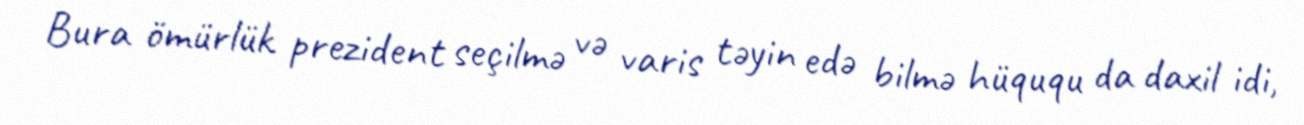
Bura ömürlük prezident seçilmə və varis təyin edə bilmə hüququ da daxil idi,